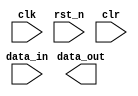
// This program was cloned from: https://github.com/chipsalliance/aib-phy-hardware
// License: Apache License 2.0

// SPDX-License-Identifier: Apache-2.0
// Copyright (C) 2019 Intel Corporation. 
// Copyright (C) 2001-2012 Altera Corporation. .


//-----------------------------------
//2 stage flop synchronizer with AND clear
//DWIDTH | (this determine the width of the sync flop)
//The reset value is fixed to 1'b0 (not changeable)
//-----------------------------------

module altr_hps_sync_clr
#(parameter DWIDTH='d1)
(
  input clk,				//main clk signal
  input rst_n,				//main reset signal
  input clr,				//active high clear signal (expected this clear signal to be quasi-static)
  input [DWIDTH-1:0] data_in,		//data in
  output [DWIDTH-1:0] data_out		//data out
);

`ifdef ALTR_HPS_INTEL_MACROS_OFF

reg [DWIDTH-1:0] dff1;
reg [DWIDTH-1:0] dff2;

always @(posedge clk or negedge rst_n)
begin
	if(!rst_n) 
	begin
		dff1 <= {DWIDTH{1'b0}};
		dff2 <= {DWIDTH{1'b0}};
	end
	else
	begin
		dff1 <= data_in & ~clr;
		dff2 <= dff1 & ~clr;	
	end
end

assign data_out = dff2;

`else

`endif

endmodule